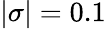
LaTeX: |\sigma|=0.1